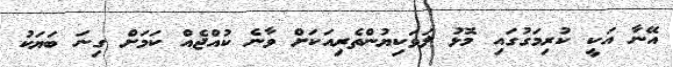
އޭނާ އަކީ ކުރިމަގުގައި މޮޅު ލަވަކިޔުންތެރިއަކަށް ވާނެ ކުއްޖެއް ކަމަށް ގިނަ ބަޔަކު